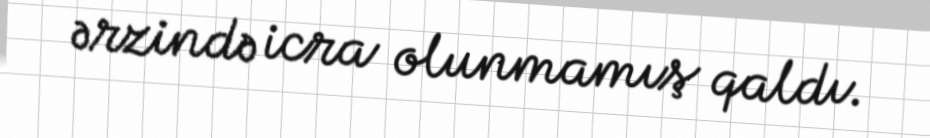
ərzində icra olunmamış qaldı.